Indian journal of veterinary science and animal husbandry - Volume 14,
Year: 1944
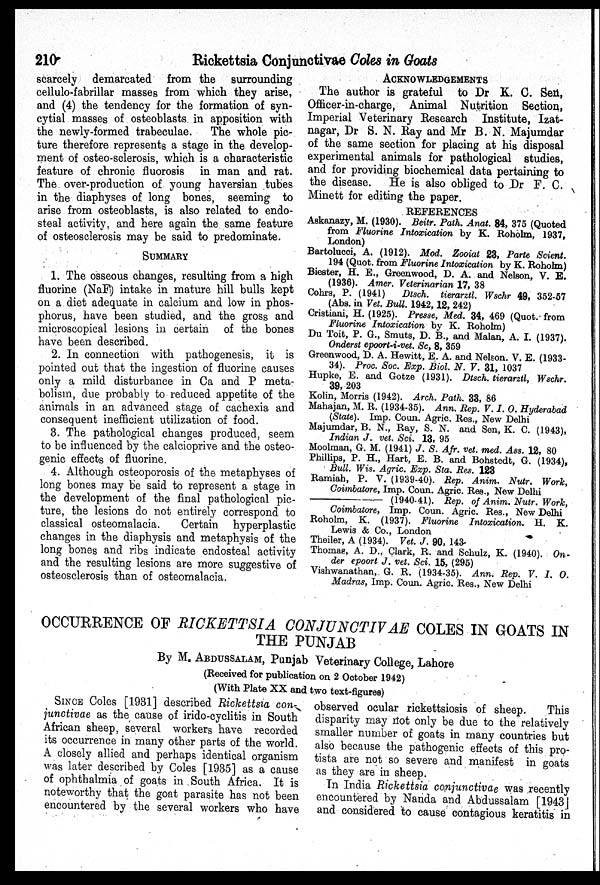
210
Rickettsia Conjunctivae Coles in Goats
scarcely demarcated from the surrounding
cellulo-fabrillar masses from which they arise,
and (4) the tendency for the formation of syn-
cytial masses of osteoblasts in apposition with
the newly-formed trabeculae. The whole pic-
ture therefore represents a stage in the develop-
ment of osteo-sclerosis, which is a characteristic
feature of chronic fluorosis in man and rat.
The over-production of young haversian tubes
in the diaphyses of long bones, seeming to
arise from osteoblasts, is also related to endo-
steal activity, and here again the same feature
of osteosclerosis may be said to predominate.
SUMMARY
1. The osseous changes, resulting from a high
fluorine (NaF) intake in mature hill bulls kept
on a diet adequate in calcium and low in phos-
phorus, have been studied, and the gross and
microscopical lesions in certain of the bones
have been described.
2. In connection with pathogenesis, it is
pointed out that the ingestion of fluorine causes
only a mild disturbance in Ca and P meta-
bolism, due probably to reduced appetite of the
animals in an advanced stage of cachexia and
consequent inefficient utilization of food.
3. The pathological changes produced, seem
to be influenced by the calcioprive and the osteo-
genic effects of fluorine.
4. Although osteoporosis of the metaphyses of
long bones may be said to represent a stage in
the development of the final pathological pic-
ture, the lesions do not entirely correspond to
classical osteomalacia.
Certain hyperplastic
changes in the diaphysis and metaphysis of the
long bones and ribs indicate endosteal activity
and the resulting lesions are more suggestive of
osteosclerosis than of osteomalacia.
ACKNOWLEDGEMENTS
The author is grateful to Dr K. C. Sen,
Officer-in-charge, Animal Nutrition Section,
Imperial Veterinary Research Institute, Izat-
nagar, Dr S. N. Ray and Mr B. N. Majumdar
of the same section for placing at his disposal
experimental animals for pathological studies,
and for providing biochemical data pertaining to
the disease.
He is also obliged to Dr F. C.
Minett for editing the paper.
REFERENCES
Askanazy, M. (1930). Beitr. Path. Anat. 84, 375 (Quoted
from Fluorine Intoxication by K. Roholm, 1937,
London)
Bartolucci, A. (1912). Mod. Zooiat 23, Parte Scient.
194 (Quet. from Fluorine Intoxication by K. Roholm)
Biester, H. E., Greenwood, D. A. and Nelson, V. E.
(1936). Amer. Veterinarian 17, 38
Cohrs, P. (1941)
Dtsch. tierarztl. Wschr 49, 352-57
(Abs. in Vet. Bull. 1942, 12, 242)
Cristiani, H. (1925). Presse, Med. 34, 469 (Quot. from
Fluorine Intoxication by K. Roholm)
Du Toit, P. G., Smuts, D. B., and Malan, A. I. (1937).
Onderst epoort-i-vet. Sc, 8, 359
Greenwood, D. A. Hewitt, E. A. and Nelson. V. E. (1933-
34). Proc. Soc. Exp. Biol. N. V. 31, 1037
Hupke, E. and Gotze (1931). Dtsch. tierarztl, Wschr.
39, 203
Kolin, Morris (1942). Arch. Path. 33, 86
Mahajan, M. R. (1934-35). Ann. Rep. V. I. O. Hyderabad
(State). Imp. Coun. Agric. Res., New Delhi
Majumdar, B. N., Ray, S. N. and Sen, K. C. (1943),
Indian J. vet. Sci. 13, 95
Moolman, G. M. (1941) J. S. Afr. vet. med. Ass. 12, 80
Phillips, P. H., Hart, E. B. and Bohstedt, G. (1934),
Bull. Wis. Agric. Exp. Sta. Res. 123
Ramiah, P. V. (1939-40). Rep. Anim. Nutr. Work,
Coimbatore, Imp. Coun. Agric. Res., New Delhi
—
(1940-41). Rep. of Anim. Nutr. Work,
Coimbatore, Imp. Coun. Agric. Res., New Delhi
Roholm, K. (1937). Fluorine Intoxication. H. K.
Lewis & Co., London
Theiler, A (1934). Vet. J. 90, 143-
Thomas, A. D., Clark, R. and Schulz, K. (1940). On-
der epoort J. vet. Sci. 15, (295)
Vishwanathan, G. R. (1934-35). Ann. Rep. V. I. O.
Madras, Imp. Coun. Agric. Res., New Delhi
OCCURRENCE OF RICKETTSIA CONJUNCTIVAE COLES IN GOATS IN
THE PUNJAB
By M. ABDUSSALAM, Punjab Veterinary College, Lahore
(Received for publication on 2 October 1942)
(With Plate XX and two text-figures)
SINCE Coles [1931] described Rickettsia con-
junctivae as the cause of irido-cyclitis in South
African sheep, several workers have recorded
its occurrence in many other parts of the world.
A closely allied and perhaps identical organism
was later described by Coles [1935] as a cause
of ophthalmia of goats in South Africa. It is
noteworthy that the goat parasite has not been
encountered by the several workers who have
observed ocular rickettsiosis of sheep.
This
disparity may not only be due to the relatively
smaller number of goats in many countries but
also because the pathogenic effects of this pro-
tista are not so severe and manifest in goats
as they are in sheep.
In India Rickettsia conjunctivae was recently
encountered by Nanda and Abdussalam [1943]
and considered to cause contagious keratitis in